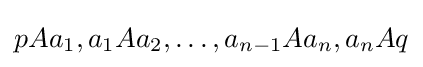
pAa_{1},a_{1}Aa_{2},\dots ,a_{n-1}Aa_{n},a_{n}Aq